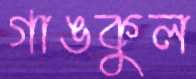
গাঙকুল